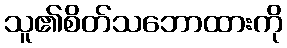
သူ၏စိတ်သဘောထားကို